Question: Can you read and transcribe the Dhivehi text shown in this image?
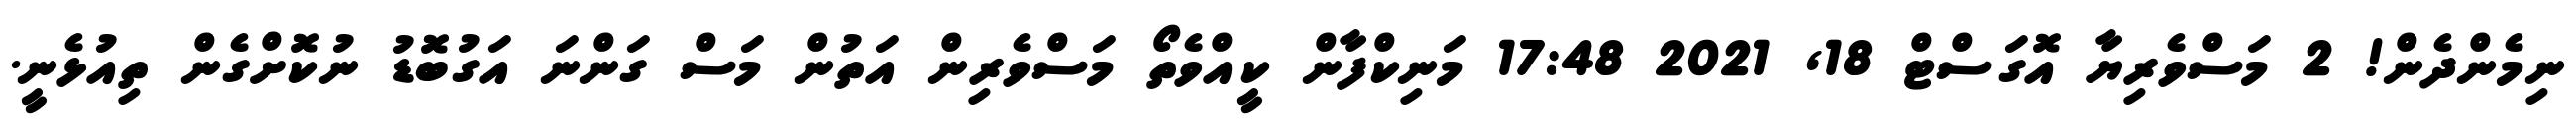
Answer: ނިމެންދެން! 2 މަސްވެރިޔާ އޮގަސްޓް 18, 2021 17:48 މަނިކްފާން ކީއްވެތޯ މަސްވެރިން އަތުން މަސް ގަންނަ އަގުބޮޑު ނުކޮށްގެން ތިއުޅެނީ.